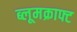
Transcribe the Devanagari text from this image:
ब्लूमक्राफ्ट